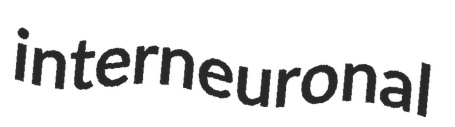
interneuronal